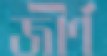
জীর্ণ